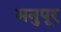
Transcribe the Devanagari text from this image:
मनुपूर